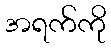
အရက်ကို